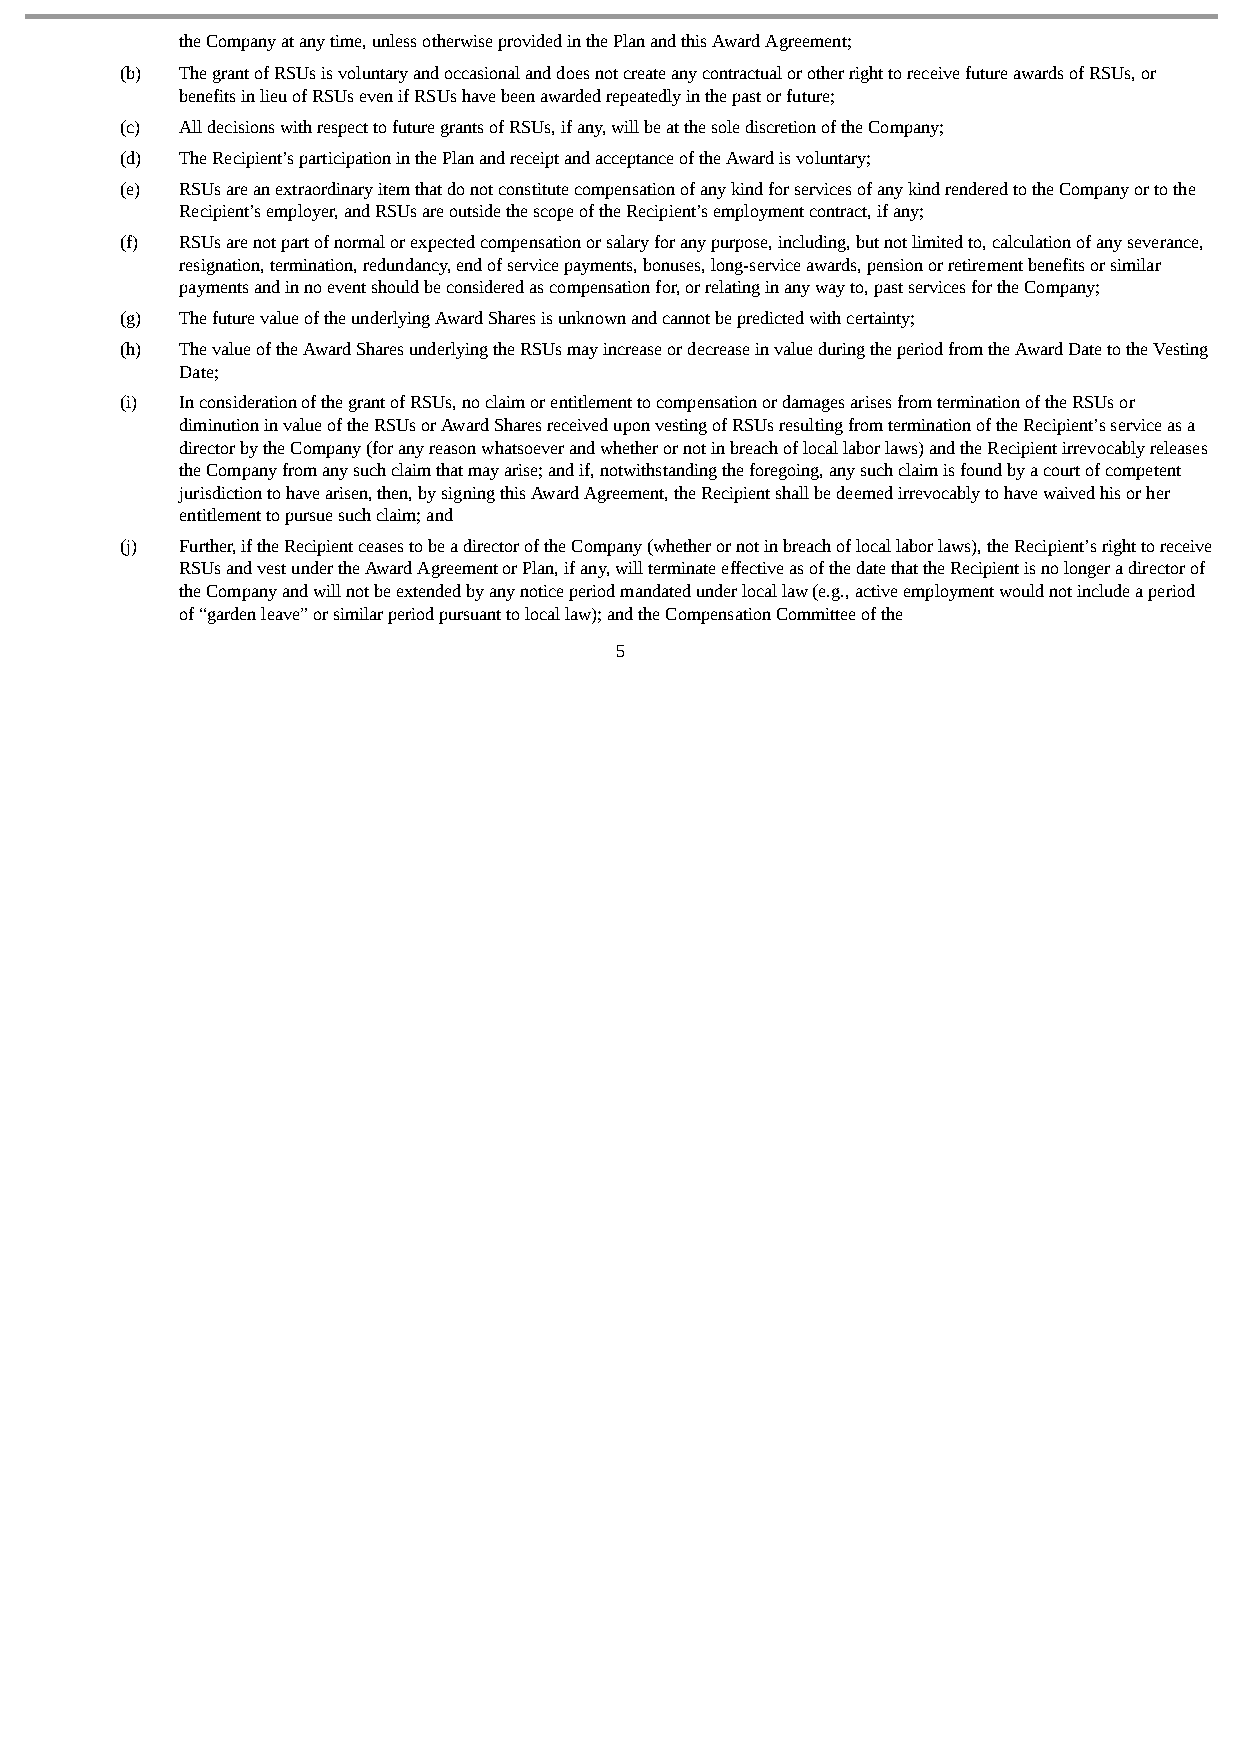
the Company at any time, unless otherwise provided in the Plan and this Award Agreement;
 (b) The grant of RSUs is voluntary and occasional and does not create any contractual or other right to receive future awards of RSUs, or
 benefits in lieu of RSUs even if RSUs have been awarded repeatedly in the past or future;
 (c) All decisions with respect to future grants of RSUs, if any, will be at the sole discretion of the Company;
 (d) The Recipient’s participation in the Plan and receipt and acceptance of the Award is voluntary;
 (e) RSUs are an extraordinary item that do not constitute compensation of any kind for services of any kind rendered to the Company or to the
 Recipient’s employer, and RSUs are outside the scope of the Recipient’s employment contract, if any;
 (f) RSUs are not part of normal or expected compensation or salary for any purpose, including, but not limited to, calculation of any severance,
 resignation, termination, redundancy, end of service payments, bonuses, long-service awards, pension or retirement benefits or similar
 payments and in no event should be considered as compensation for, or relating in any way to, past services for the Company;
 (g) The future value of the underlying Award Shares is unknown and cannot be predicted with certainty;
 (h) The value of the Award Shares underlying the RSUs may increase or decrease in value during the period from the Award Date to the Vesting
 Date;
 (i) In consideration of the grant of RSUs, no claim or entitlement to compensation or damages arises from termination of the RSUs or
 diminution in value of the RSUs or Award Shares received upon vesting of RSUs resulting from termination of the Recipient’s service as a
 director by the Company (for any reason whatsoever and whether or not in breach of local labor laws) and the Recipient irrevocably releases
 the Company from any such claim that may arise; and if, notwithstanding the foregoing, any such claim is found by a court of competent
 jurisdiction to have arisen, then, by signing this Award Agreement, the Recipient shall be deemed irrevocably to have waived his or her
 entitlement to pursue such claim; and
 (j) Further, if the Recipient ceases to be a director of the Company (whether or not in breach of local labor laws), the Recipient’s right to receive
 RSUs and vest under the Award Agreement or Plan, if any, will terminate effective as of the date that the Recipient is no longer a director of
 the Company and will not be extended by any notice period mandated under local law (e.g., active employment would not include a period
 of “garden leave” or similar period pursuant to local law); and the Compensation Committee of the
 5